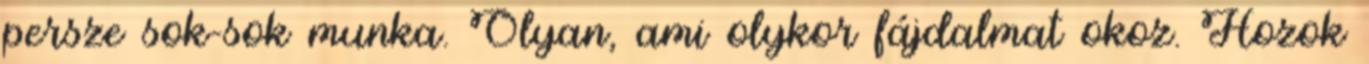
persze sok-sok munka. Olyan, ami olykor fájdalmat okoz. Hozok